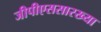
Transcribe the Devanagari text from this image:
जीपीएससारख्या